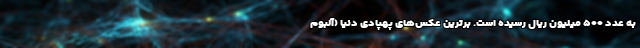
به عدد ۵۰۰ میلیون ریال رسیده است. برترین عکس‌های پهپادی دنیا (آلبوم